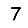
Digit: 7